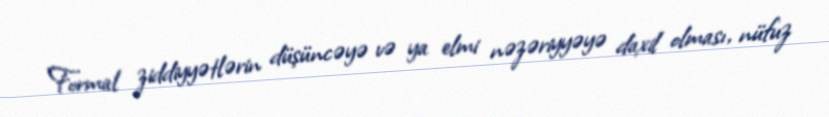
Formal ziddiyyətlərin düşüncəyə və ya elmi nəzəriyyəyə daxil olması, nüfuz